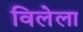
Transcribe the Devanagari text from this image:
विलेला